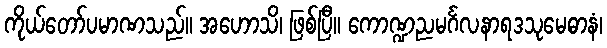
ကိုယ်တော်ပမာဏသည်။ အဟောသိ၊ ဖြစ်ပြီ။ ကောဏ္ဍညမင်္ဂလနာရဒသုမေဓာနံ၊